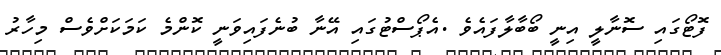
ފޮޓޯގައި ސޮނާލީ އިނީ ބޯބާލާފައެވެ .އެޕޯސްޓުގައި އޭނާ ބުނެފައިވަނީ ކޮންމެ ކަމަކަށްވެސް މިހާރު